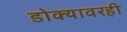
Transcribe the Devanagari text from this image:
डोक्यावरही